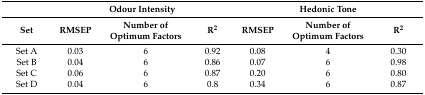
<table><thead><tr><td></td><td colspan="3"><b>Odour Intensity</b></td><td colspan="3"><b>Hedonic Tone</b></td></tr><tr><td><b>Set</b></td><td><b>RMSEP</b></td><td><b>Number of Optimum Factors</b></td><td><b>R<sup>2</sup></b></td><td><b>RMSEP</b></td><td><b>Number of Optimum Factors</b></td><td><b>R<sup>2</sup></b></td></tr></thead><tbody><tr><td>Set A</td><td>0.03</td><td>6</td><td>0.92</td><td>0.08</td><td>4</td><td>0.30</td></tr><tr><td>Set B</td><td>0.04</td><td>6</td><td>0.86</td><td>0.07</td><td>6</td><td>0.98</td></tr><tr><td>Set C</td><td>0.06</td><td>6</td><td>0.87</td><td>0.20</td><td>6</td><td>0.80</td></tr><tr><td>Set D</td><td>0.04</td><td>6</td><td>0.8</td><td>0.34</td><td>6</td><td>0.87</td></tr></tbody></table>